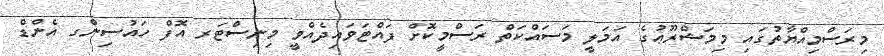
މިރަސްމިއްޔާތުގައި މިމަޝްރޫޢުގެ އަމަލީ މަސައްކަތް ރަސްމީކޮށް ފައްޓަވައިދެއްވީ މިނިސްޓަރ އޮފް ހައުސިންގ އެންޑް